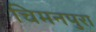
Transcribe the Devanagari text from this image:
चिमनपुरा